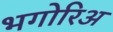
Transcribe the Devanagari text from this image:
भगोरिअ